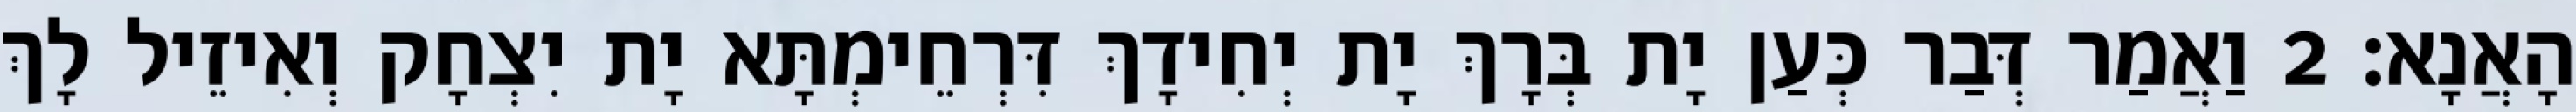
הָאֲנָא׃ 2 וַאֲמַר דְּבַר כְּעַן יָת בְּרָךְ יָת יְחִידָךְ דִּרְחֵימְתָּא יָת יִצְחָק וְאִיזֵיל לָךְ